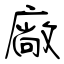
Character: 廠